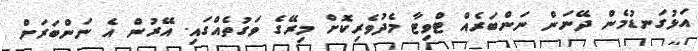
އަޅުގަނޑުމެން ދޭނަން ނަންބަރެއް ޓްވިޓާ މެދުވެރިކޮށް މިރޭގެ ވަގުތެއްގައި. އޭރުން އެ ނަންބަރަށް